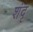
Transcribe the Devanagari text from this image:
शंदृ